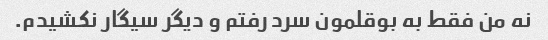
نه من فقط به بوقلمون سرد رفتم و دیگر سیگار نکشیدم.